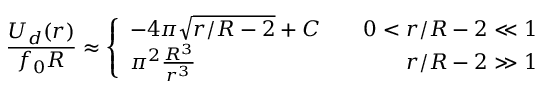
\frac { U _ { d } ( r ) } { f _ { 0 } R } \approx \left\{ \begin{array} { l c r } { - 4 \pi \sqrt { r / R - 2 } + C } & { } & { 0 < r / R - 2 \ll 1 } \\ { \pi ^ { 2 } \frac { R ^ { 3 } } { r ^ { 3 } } } & { } & { r / R - 2 \gg 1 } \end{array} \right.